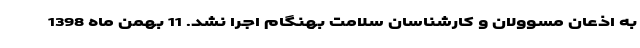
به اذعان مسوولان و کارشناسان سلامت بهنگام اجرا نشد. 11 بهمن ماه 1398